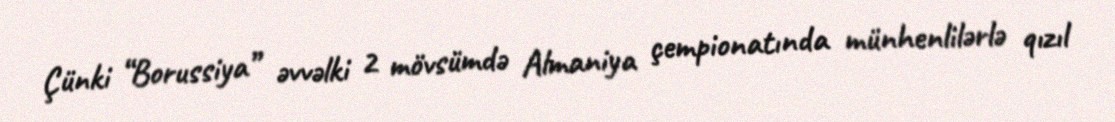
Çünki “Borussiya” əvvəlki 2 mövsümdə Almaniya çempionatında münhenlilərlə qızıl